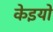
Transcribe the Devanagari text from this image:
केइयो